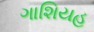
ગાશિયહ